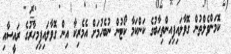
ކޮމަންވެލްތުން ގޮވާލައިފިއިންތިހާބުގެ ކަންކަމާ ކޯޓުން ނުބެހުމަށް އެމެރިކާ އިން ގޮވާލައިފިމިހާރުގެ ރައީސާއި